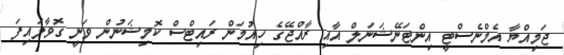
ޖަމިއްޔާ އެމްނެސްޓީ އިންޓަނޭޝަނަލް އާއި ރާއްޖޭގެ ހިއުމަން ރައިޓްސް ކޮމިޝަނުން ވަނީ ގޮވާލައިފަ